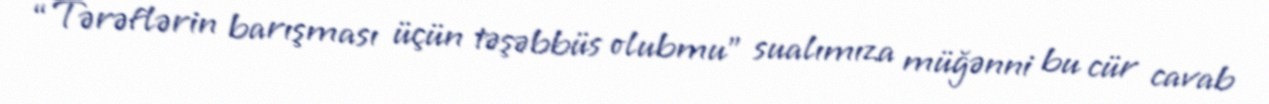
“Tərəflərin barışması üçün təşəbbüs olubmu” sualımıza müğənni bu cür cavab